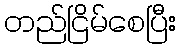
တည်ငြိမ်စေပြီး